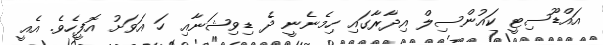
އައްޑޫސިޓީ ކައުންސިލް އިދާރާގައި ހިމެނެނީ ދެ ޑިވިޝަނާއި ހަ އަވަށު އޮފީހެވެ. އެއީ